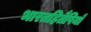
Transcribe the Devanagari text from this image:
भारतहितैषियों